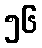
၅၆